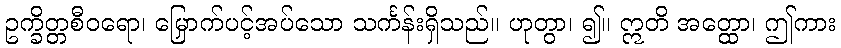
ဥက္ခိတ္တစီဝရော၊ မြှောက်ပင့်အပ်သော သင်္ကန်းရှိသည်။ ဟုတွာ၊ ၍။ ဣတိ အတ္ထော၊ ဤကား